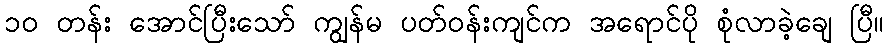
၁၀ တန်း အောင်ပြီးသော် ကျွန်မ ပတ်ဝန်းကျင်က အရောင်ပို စုံလာခဲ့ချေ ပြီ။